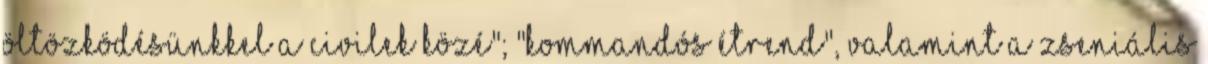
öltözködésünkkel a civilek közé"; "Kommandós étrend", valamint a zseniális